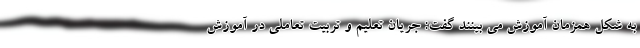
به شکل همزمان آموزش می بینند گفت: جریان تعلیم و تربیت تعاملی در آموزش